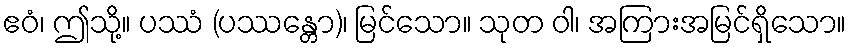
ဧဝံ၊ ဤသို့။ ပဿံ (ပဿန္တော)၊ မြင်သော။ သုတ ဝါ၊ အကြားအမြင်ရှိသော။